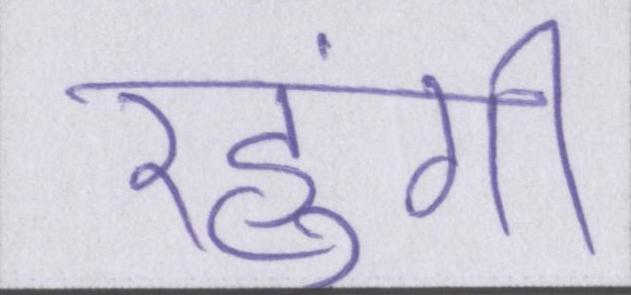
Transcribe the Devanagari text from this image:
रहुंगी